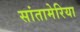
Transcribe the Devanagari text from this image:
सांतामेरिया